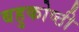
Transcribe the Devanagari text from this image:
बहुकोष्ठी